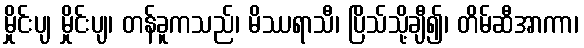
မှိုင်းပျ မှိုင်းပျ၊ တန်ခူကသည်၊ မိဿရာသီ၊ ပြိသ်သို့ချီ၍၊ တိမ်ဆီအာကာ၊